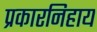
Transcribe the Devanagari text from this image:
प्रकारनिहाय